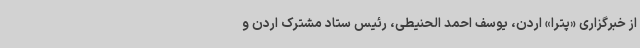
از خبرگزاری «پترا» اردن، یوسف احمد الحنیطی، رئیس ستاد مشترک اردن و